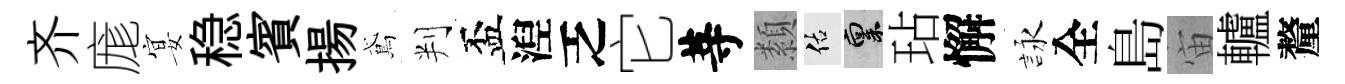
齐庬宴稳賓揚鳶判盃湼乏它䓁纇佑禀玷懈詠全島宙轤釐